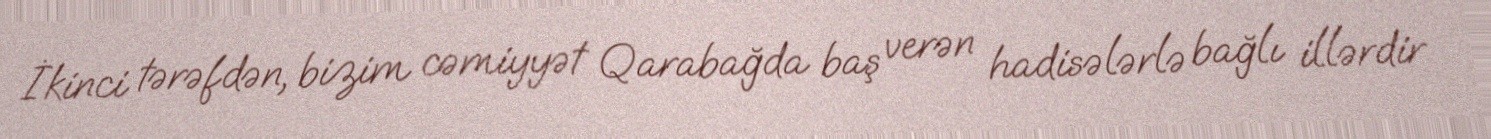
İkinci tərəfdən, bizim cəmiyyət Qarabağda baş verən hadisələrlə bağlı illərdir